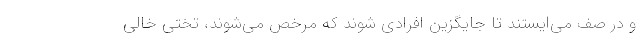
و در صف می‌ایستند تا جایگزین افرادی شوند که مرخص می‌شوند، تختی خالی